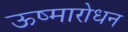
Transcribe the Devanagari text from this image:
ऊष्मारोधन